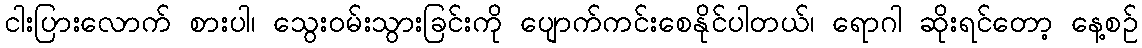
ငါးပြားလောက် စားပါ၊ သွေးဝမ်းသွားခြင်းကို ပျောက်ကင်းစေနိုင်ပါတယ်၊ ရောဂါ ဆိုးရင်တော့ နေ့စဉ်